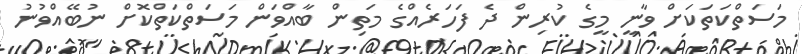
މަސަތްކަތަކަށް ވާނީ މީގެ ކުރިން ދެ ފަހަރެއްގެ މަތިން ބާއްވަން މަސަތްކަތްކޮށް ނުބޭއްވުނު